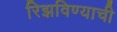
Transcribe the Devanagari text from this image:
रिझविण्याची